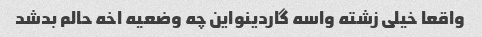
واقعا خیلی زشته واسه گاردینواین چه وضعیه اخه حالم بدشد